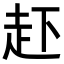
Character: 𧺒